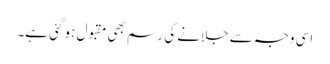
اسی وجہ سے جلانے کی رسم بھی مقبول ہو گئی ہے۔